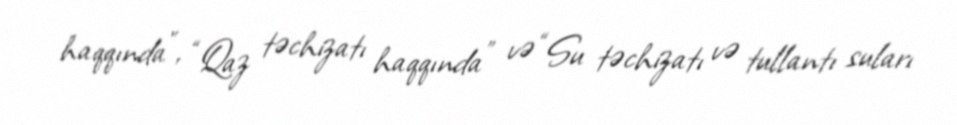
haqqında”, “Qaz təchizatı haqqında” və “Su təchizatı və tullantı suları